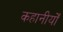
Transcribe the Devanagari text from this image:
कहानीयोँ